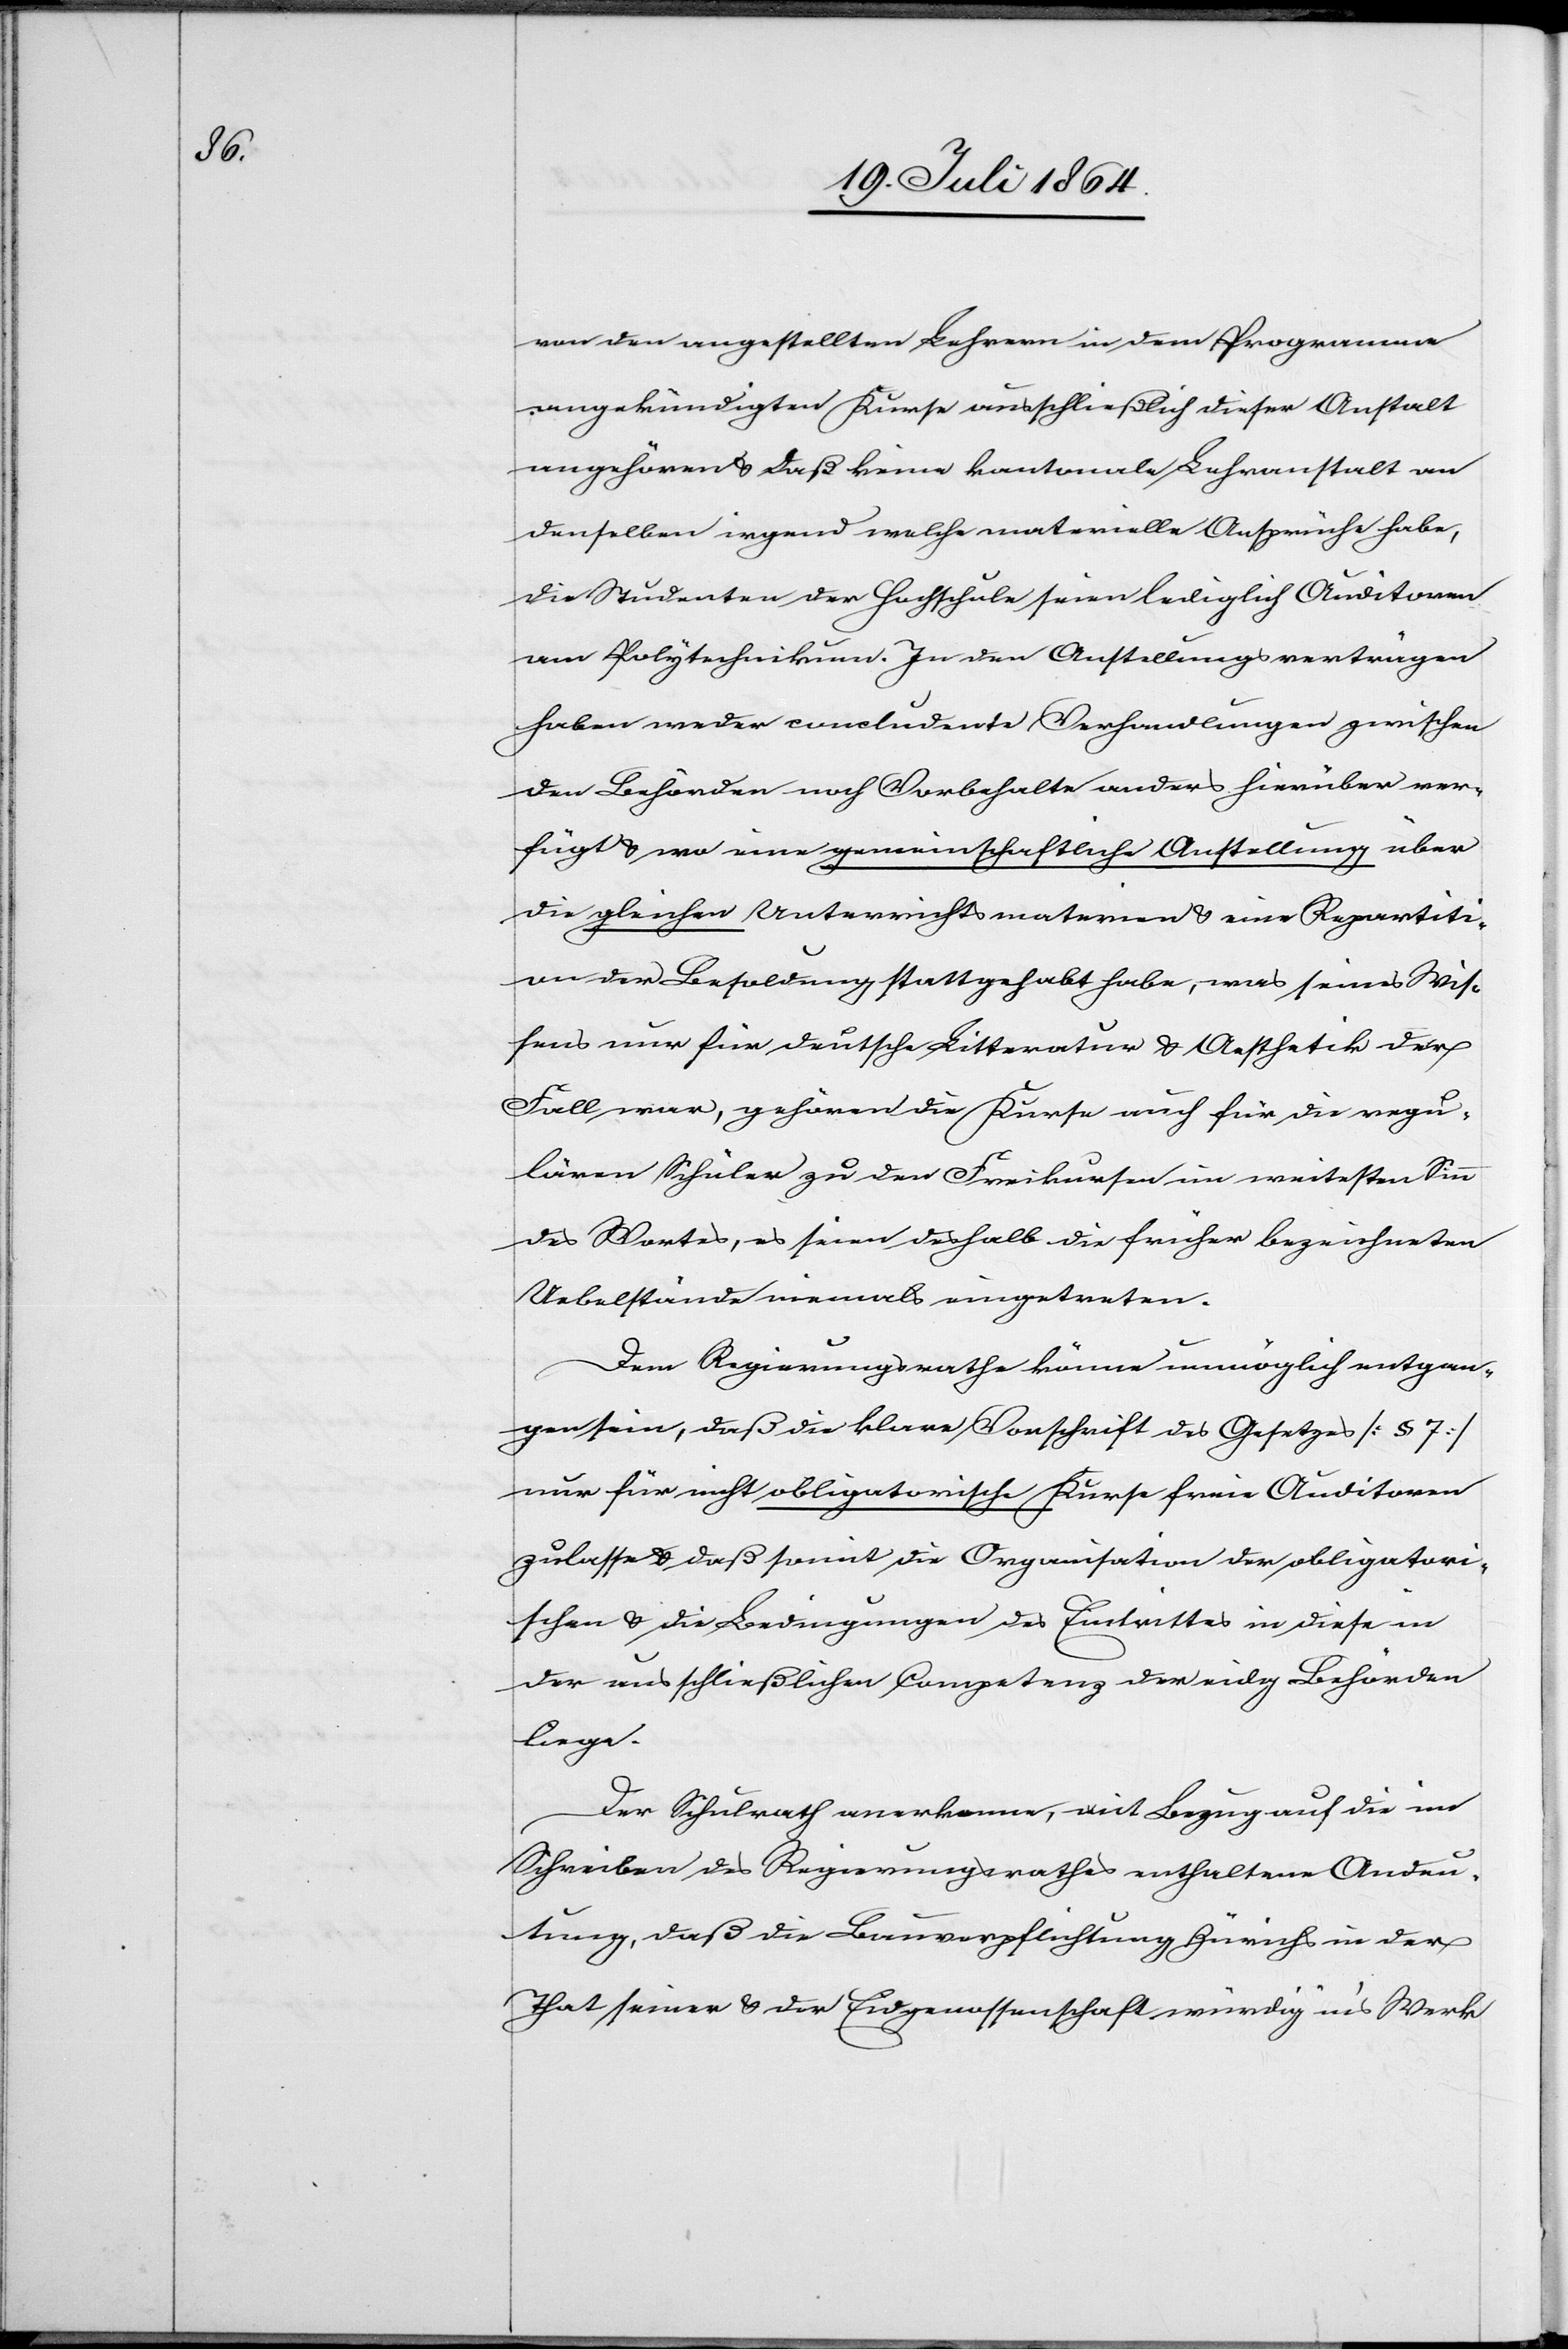
von den angestellten Lehrern in dem Programme
angekündigten Kurse ausschließlich dieser Anstalt
angehören u. daß keine kantonale Lehranstalt an
denselben irgend welche materielle Ansprüche habe,
die Studenten der Hochschule seien lediglich Auditoren
am Polytechnikum. In den Anstellungsverträgen
haben weder concludente Verhandlungen zwischen
den Behörden noch Vorbehalte anders hierüber ver¬
fügt u. wo eine gemeinschaftliche Anstellung über
die gleichen Unterrichtsmaterien u. eine Repartiti¬
on der Besoldung stattgehabt habe, was seines Wis¬
sens nur für deutsche Litteratur u. Aesthetik der
Fall war, gehören die Kurse auch für die regu¬
lären Schüler zu den Freikursen im weitesten Sinn
des Wortes, es seien deshalb die früher bezeichneten
Uebelstände niemals eingetreten.
Dem Regierungsrathe könne unmöglich entgan¬
gen sein, daß die klare Vorschrift des Gesetzes [§ 7]
nur für nicht obligatorische Kurse freie Auditoren
zulasse u. daß somit die Organisation der obligatori¬
schen u. die Bedingungen des Eintrittes in diese in
der ausschließlichen Competenz der eidg Behörden
liege.
Der Schulrath anerkenne, mit Bezug auf die im
Schreiben des Regierungsrathes enthaltene Andeu¬
tung, daß die Bauverpflichtung Zürichs in der
That seiner u. der Eidgenossenschaft würdig in’s Werk